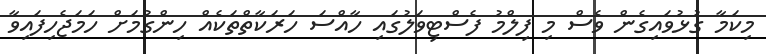
މިކަމާ ގުޅުވައިގެން ވެސް މި ފިލްމު ފެސްޓިވަލުގައި ހާއްސަ ހަރަކާތްތަކެއް ހިންގުމަށް ހަމަޖެހިފައިވާ